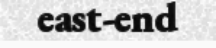
east-end